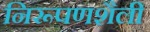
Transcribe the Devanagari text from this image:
निरूपणशैली